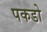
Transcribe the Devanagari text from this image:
पकडो